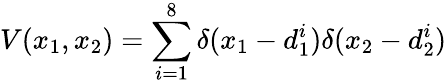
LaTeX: V(x_{1},x_{2})=\sum_{i=1}^{8}\delta(x_{1}-d_{1}^{i})\delta(x_{2}-d_{2}^{i})